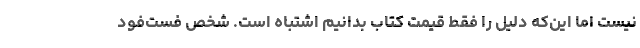
نیست اما این‌که دلیل را فقط قیمت کتاب بدانیم اشتباه است. شخص فست‌فود